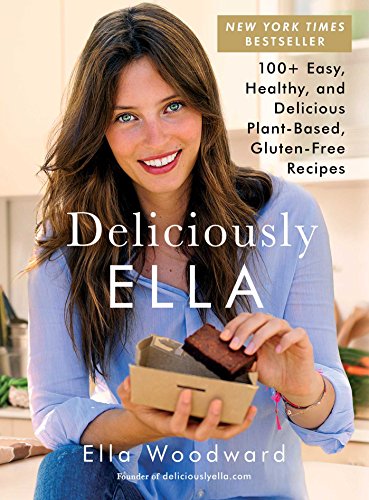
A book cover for Deliciously Ella: 100+ Easy, Healthy, and Delicious Plant-Based, Gluten-Free Recipes; Ella Woodward; Cookbooks, Food & Wine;